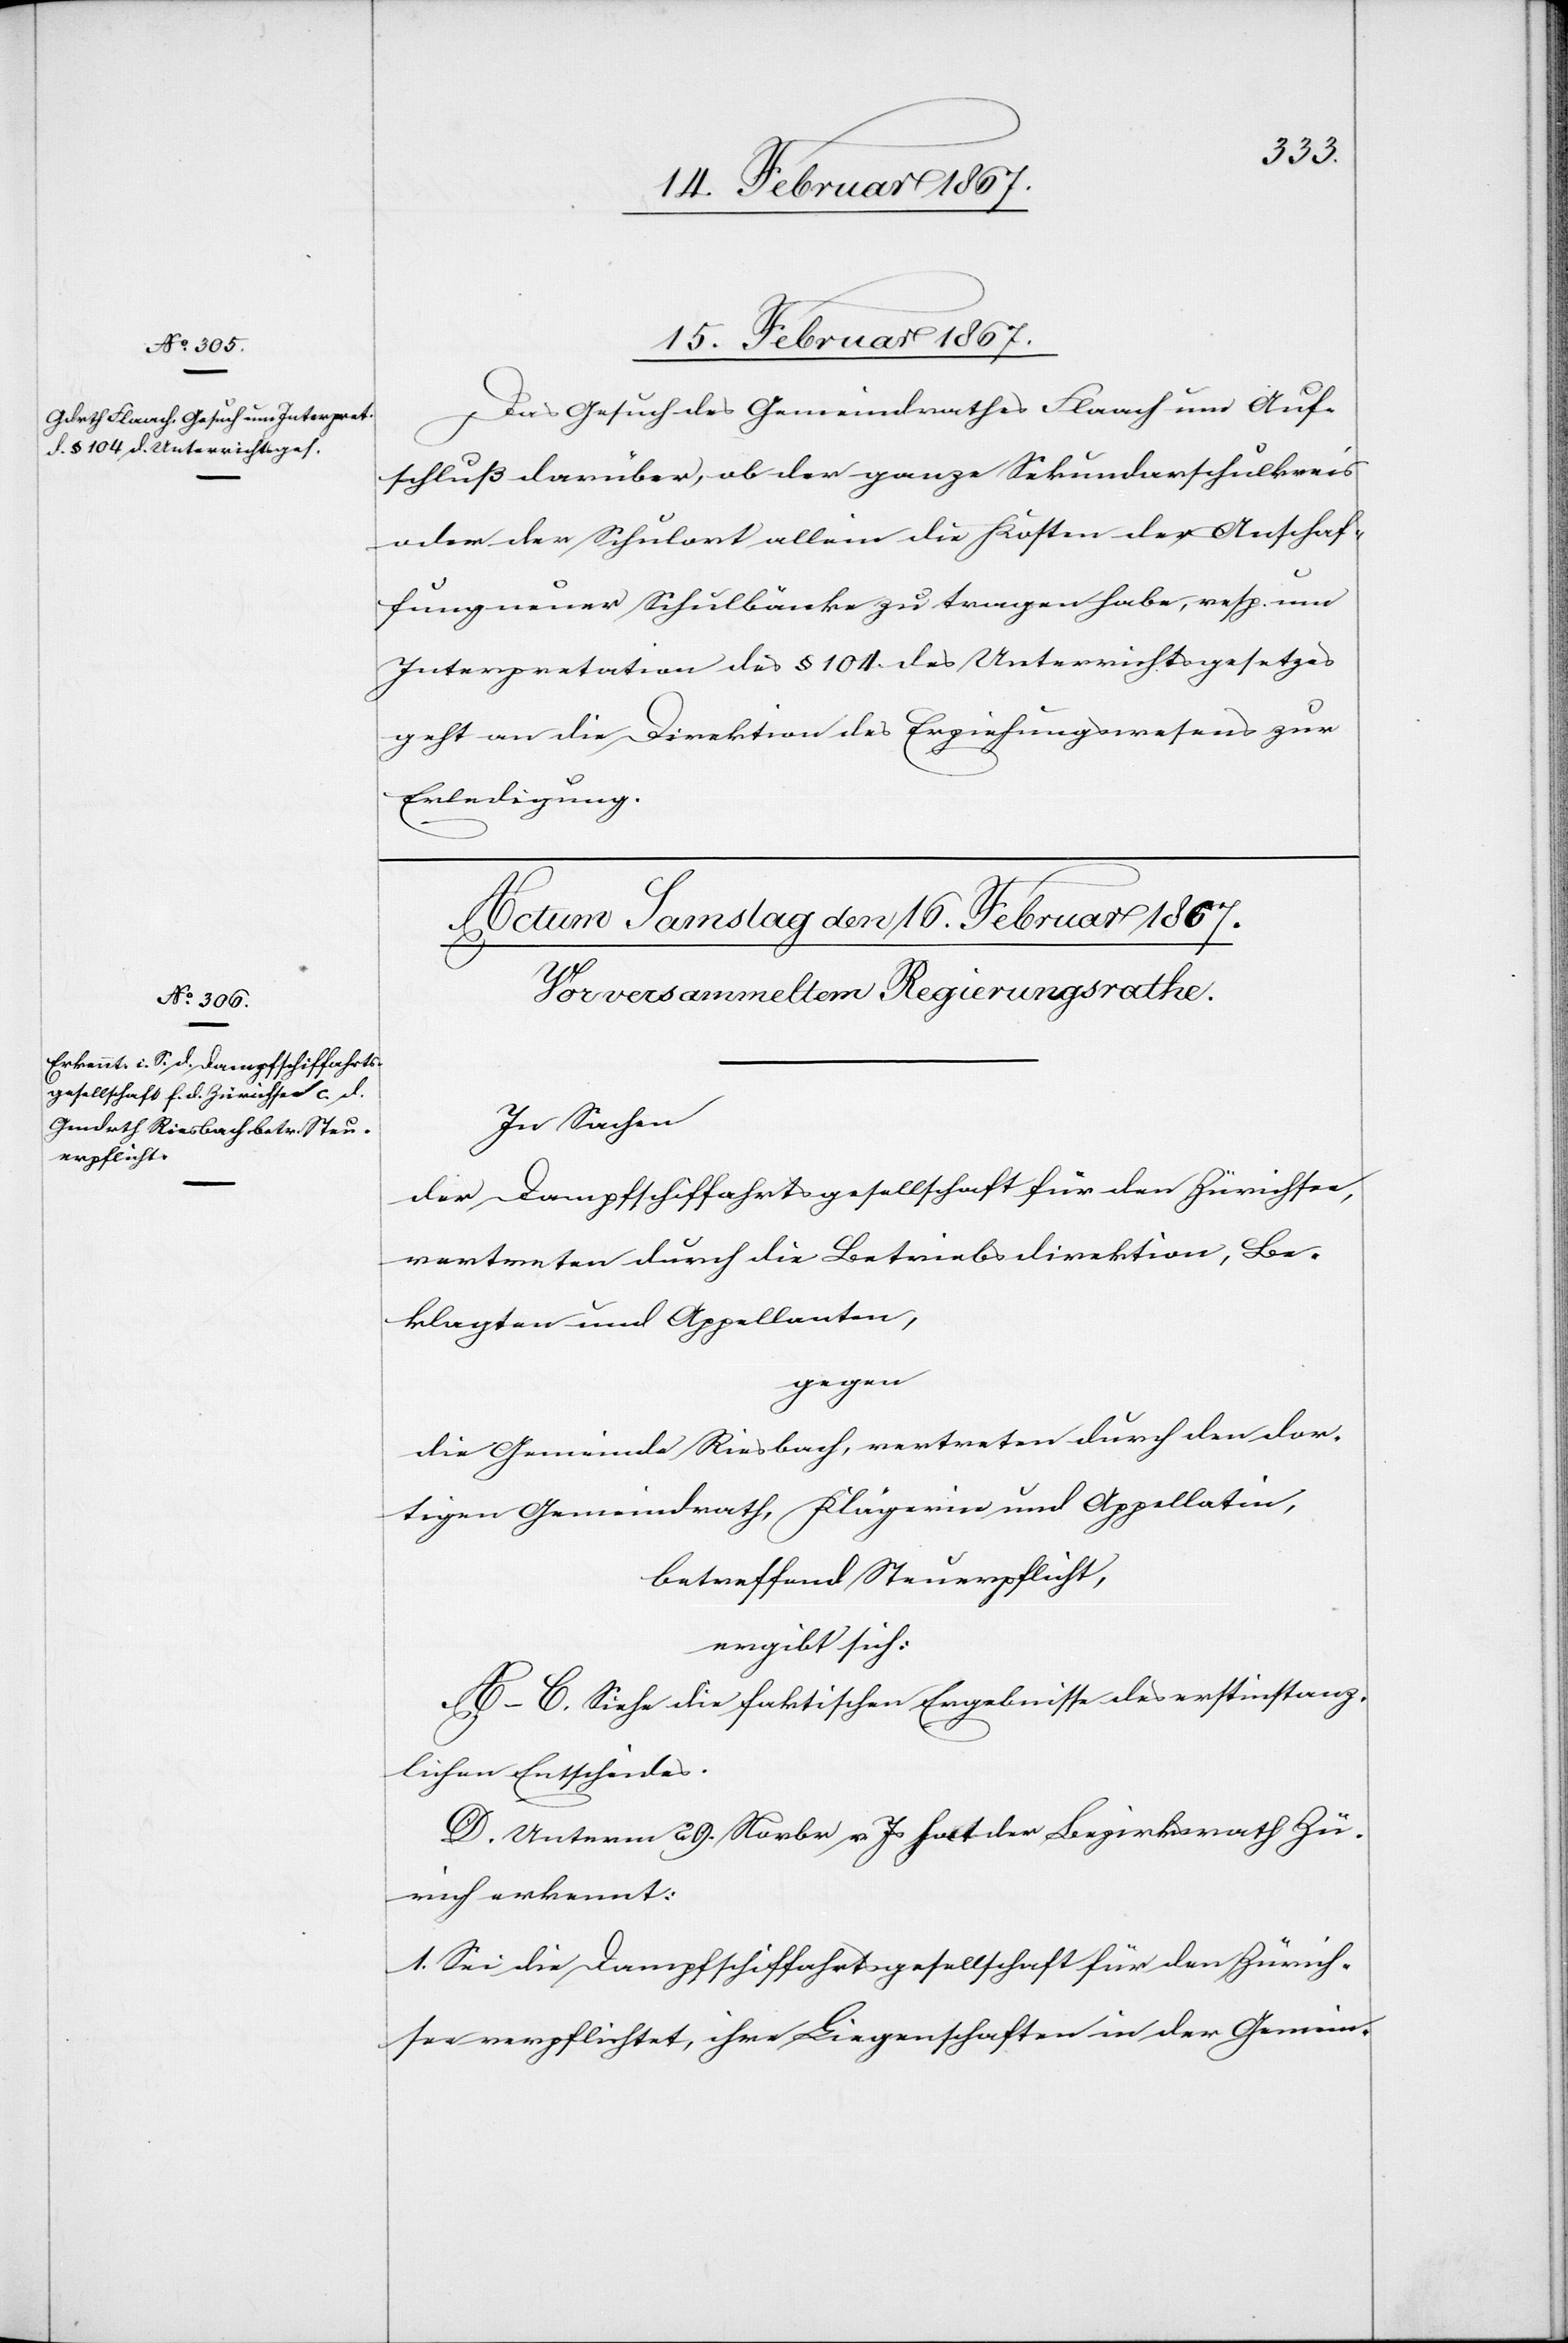
15. Februar 1867.
Das Gesuch des Gemeinderathes Flaach um Auf¬
schluß darüber, ob der ganze Sekundarschulkreis
oder der Schulort allein die Kosten der Anschaf¬
fung neuer Schulbänke zu tragen habe, resp. um
Interpretation des § 104 des Unterrichtsgesetzes
geht an die Direktion des Erziehungswesens zur
Erledigung.
In Sachen
der Dampfschiffahrtsgesellschaft für den Zürichsee,
vertreten durch die Betriebsdirektion, Be¬
klagten und Appellanten,
gegen
die Gemeinde Riesbach, vertreten durch den dor¬
tigen Gemeindrath, Klägerin und Appellatin,
betreffend Steuerpflicht,
ergibt sich:
A–C. Siehe die faktischen Ergebnisse des erstinstanz¬
lichen Entscheides.
D. Unterm 29. Novbr v. Js hat der Bezirksrath Zü¬
rich erkennt:
1. Sei die Dampfschiffahrtsgesellschaft für den Zürich¬
see verpflichtet, ihre Liegenschaften in der Gemein-